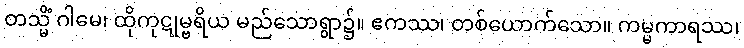
တသ္မိံ ဂါမေ၊ ထိုကုဋုမ္ဗရိယ မည်သောရွာ၌။ ဧကဿ၊ တစ်ယောက်သော။ ကမ္မကာရဿ၊